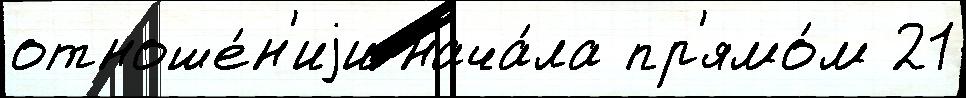
отноше́н'иjи нача́ла пр'ямо́м 21